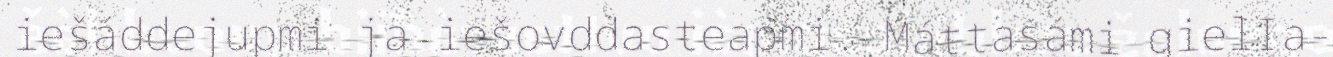
iešáddejupmi ja iešovddasteapmi. Máttasámi gielIa-